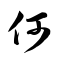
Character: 何